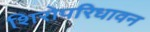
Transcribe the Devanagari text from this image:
शिरोपरिधावन